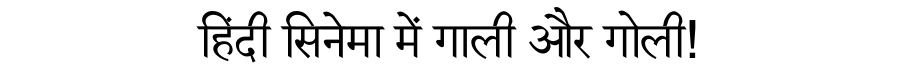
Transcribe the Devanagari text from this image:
हिंदी सिनेमा में गाली और गोली!